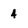
Character: 4